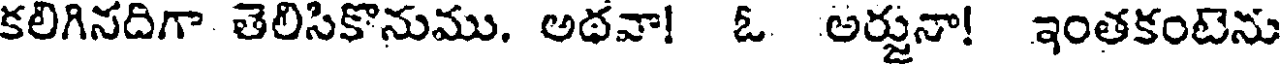
కలిగినదిగా తెలిసికొనుము. అథవా! ఓ అర్జునా! ఇంతకంటెను